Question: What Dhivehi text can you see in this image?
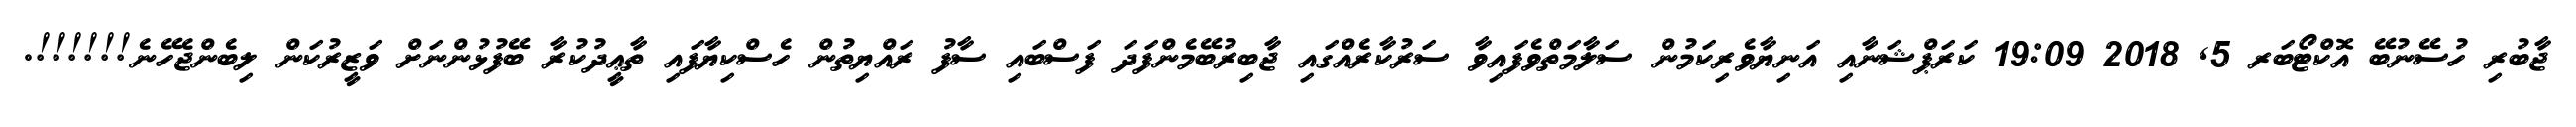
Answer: ޖާބުރި ހުސޭނުބޭ އޮކްޓޯބަރ 5, 2018 19:09 ކަރަޕްޝަނާއި އަނިޔާވެރިކަމުން ސަލާމަތްވެފައިވާ ސަރުކާރެއްގައި ޖާބިރުބޭމެންފަދަ ފަސްބައި ސާފު ރައްޔިތުން ހެސްކިޔާފައި ތާޢީދުކުރާ ބޭފުޅުންނަށް ވަޒީރުކަން ލިބެންޖެހޭނެ!!!!!!.